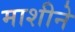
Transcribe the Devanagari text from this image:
माशीने